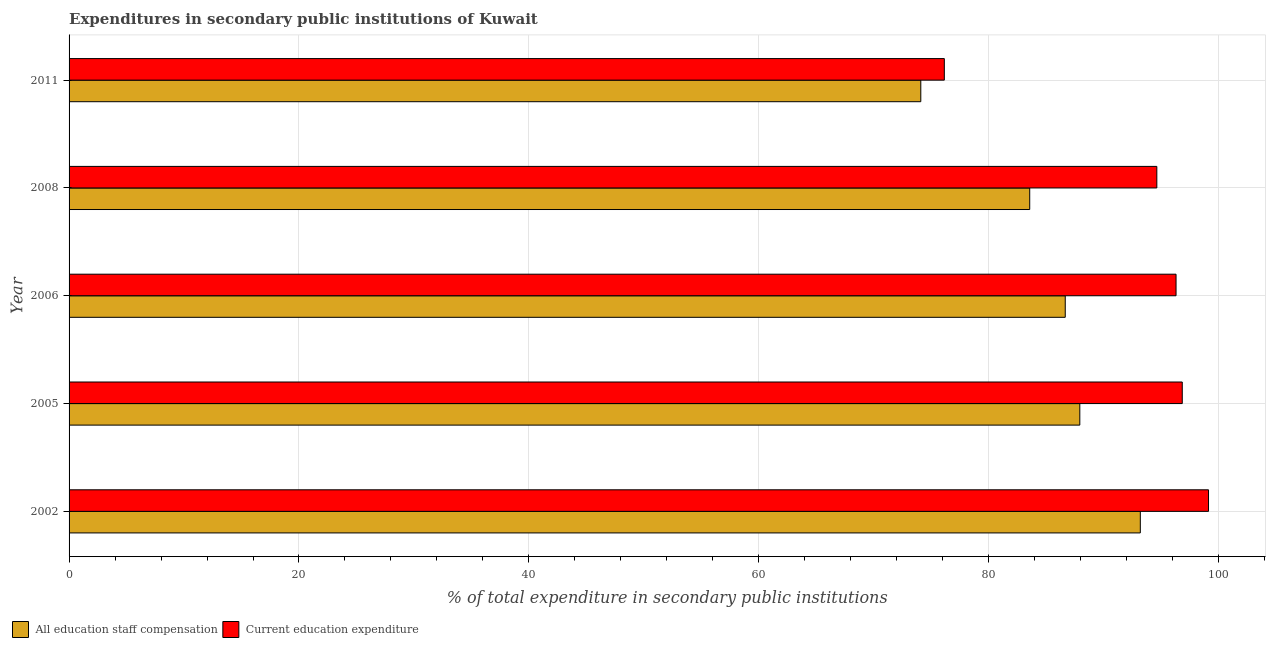
| Year | All education staff compensation | Current education expenditure |
 | --- | --- | --- |
 | 2002 | 93.2 | 99.1 |
 | 2005 | 87.9 | 96.8 |
 | 2006 | 86.7 | 96.3 |
 | 2008 | 83.6 | 94.6 |
 | 2011 | 74.1 | 76.1 |